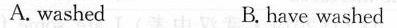
A.washed B.have washed